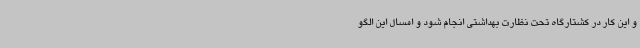
و این کار در کشتارگاه تحت نظارت بهداشتی انجام شود و امسال این الگو